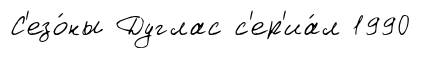
С'езо́ны Дуглас с'ер'иа́л 1990